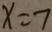
x = 7